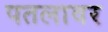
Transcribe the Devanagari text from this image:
पतलावर